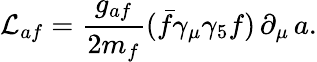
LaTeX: {\cal L}_{af}=\frac{g_{af}}{2m_{f}}(\bar{f}\gamma_{\mu}\gamma_{5}f)\, \partial_{\mu}\, a.